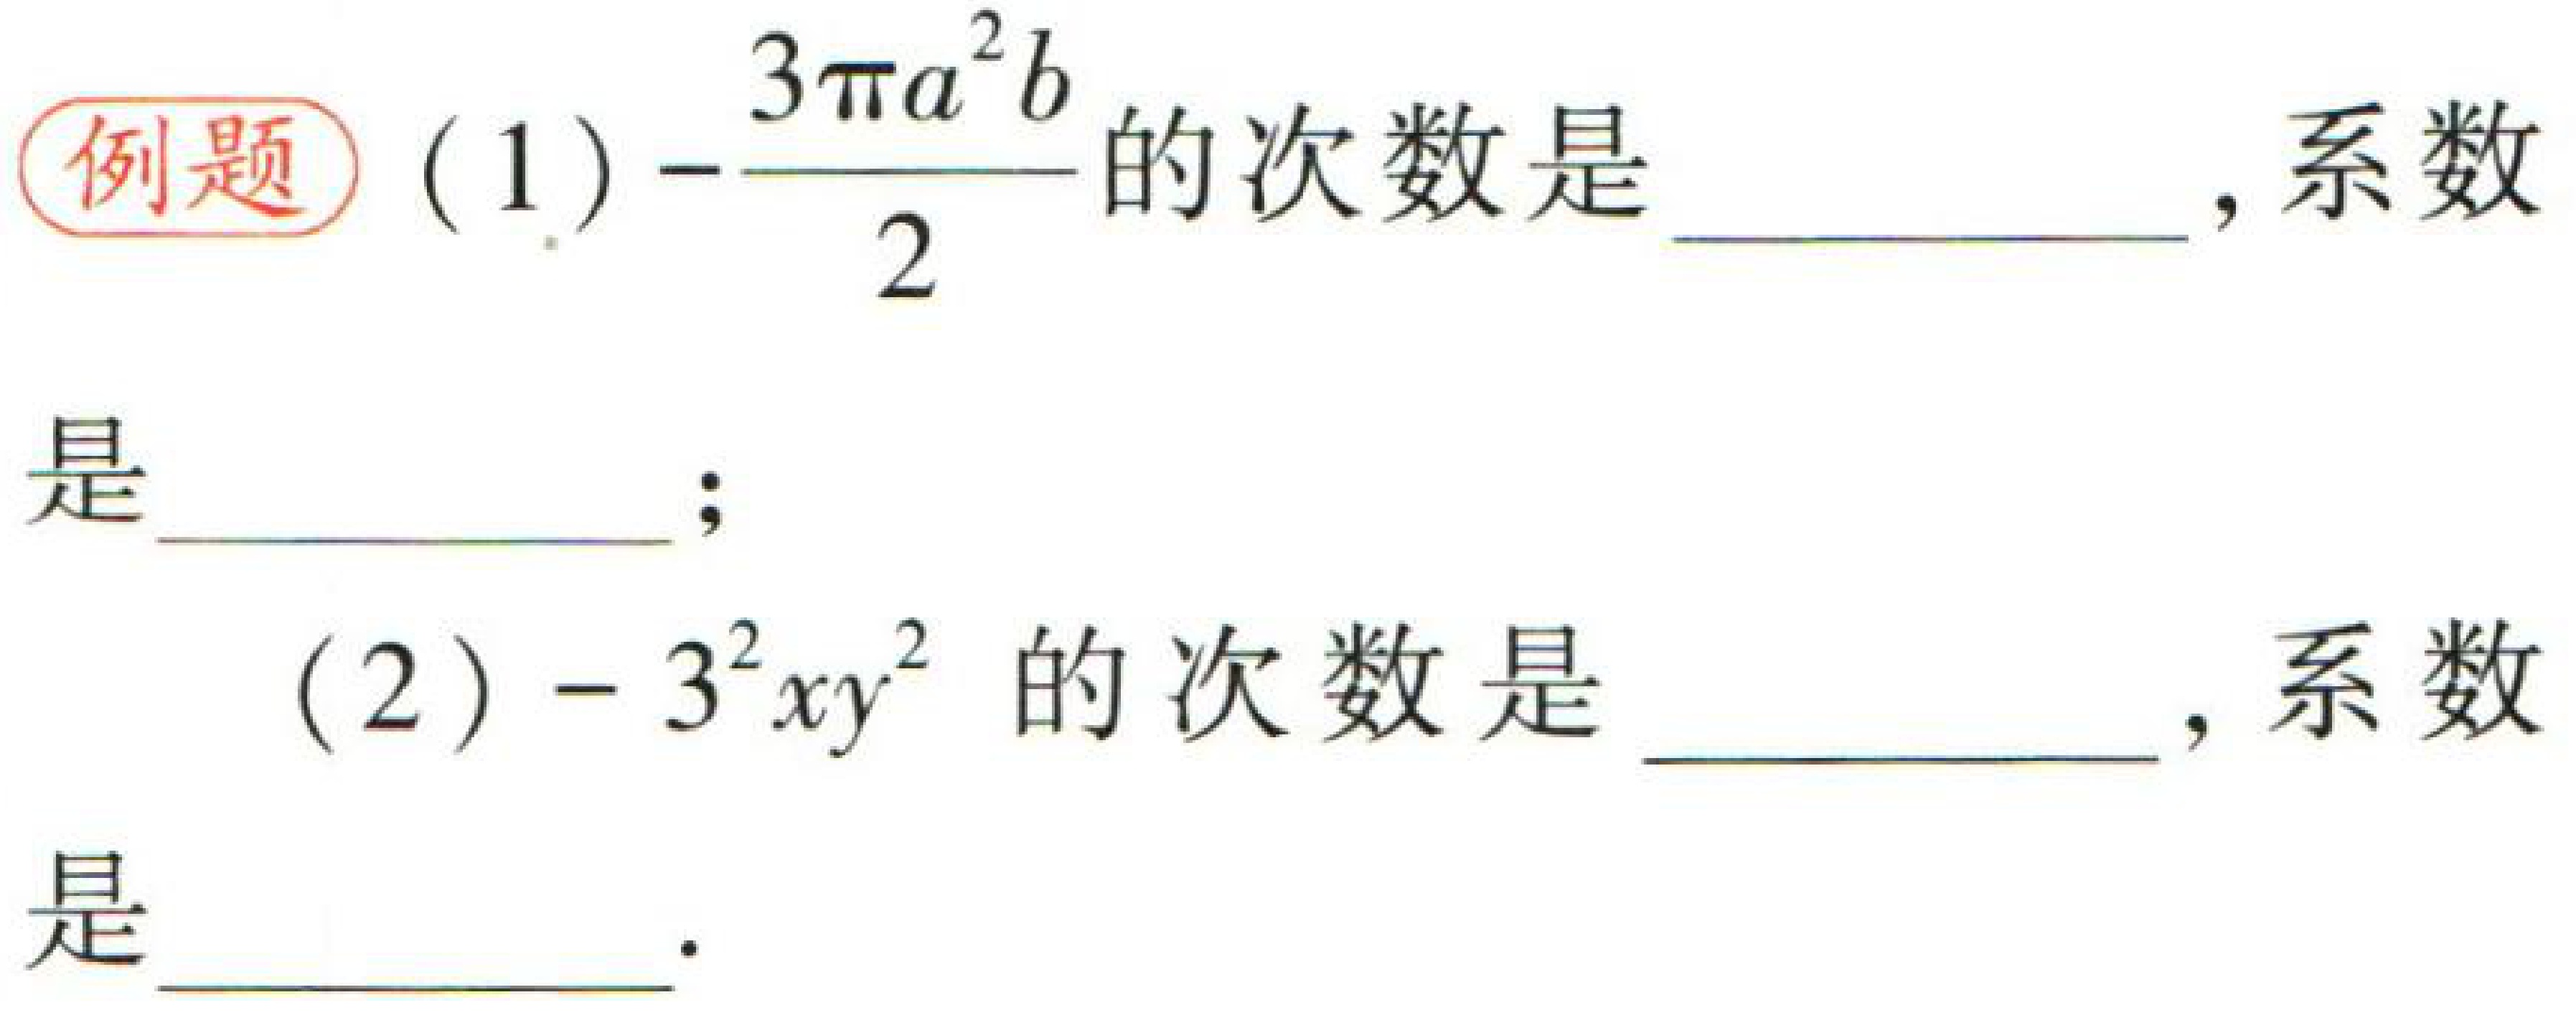
例题 (1)$-\frac{3\pi a^{2}b}{2}$的次数是  ，系数是  ；

(2)$-3^{2}xy^{2}$的次数是  ，系数是  。